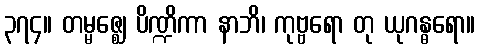
၃၇၄။ တမ္မဇ္ဈေ ပိဏ္ဍိကာ နာဘိ၊ ကုဗ္ဗရော တု ယုဂန္ဓရော။